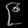
Digit: ၉